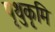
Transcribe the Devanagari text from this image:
पृथुकृमि